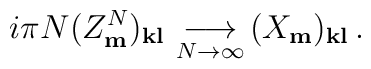
i\pi N(Z^{N}_{\bf m})_{\bf kl}\,  \mathop{\longrightarrow}_{N\rightarrow\infty}\,  (X_{\bf m})_{\bf kl}\,.